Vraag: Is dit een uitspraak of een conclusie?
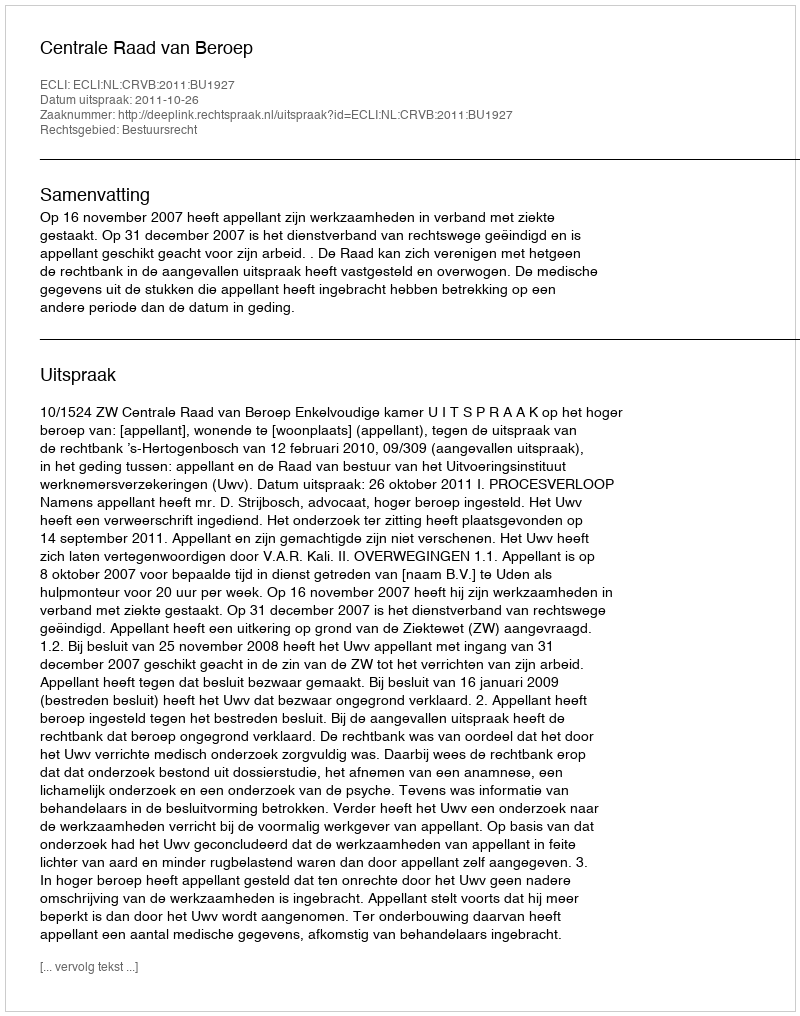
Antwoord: Uitspraak